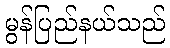
မွန်ပြည်နယ်သည်